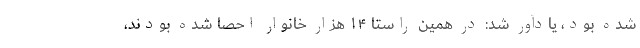
شده بود، یادآور شد: در همین راستا ۱۴ هزار خانوار احصا شده بودند،